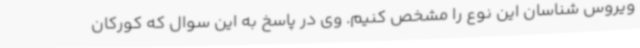
ویروس شناسان این نوع را مشخص کنیم. وی در پاسخ به این سوال که کورکان